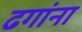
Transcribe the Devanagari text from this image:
ढगांना